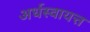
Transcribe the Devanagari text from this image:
अर्धस्वायत्त